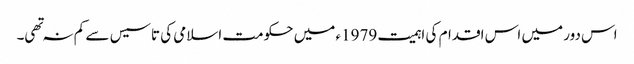
اس دور میں اس اقدام کی اہمیت 1979ء میں حکومت اسلامی کی تاسیس سے کم نہ تهی۔